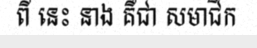
ពី នេះ នាង គឺជា សមាជិក